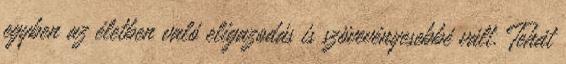
egyben az életben való eligazodás is szövevényesebbé vált. Tehát